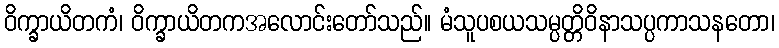
ဝိက္ခာယိတကံ၊ ဝိက္ခာယိတကအလောင်းတော်သည်။ မံသူပစယသမ္ပတ္တိဝိနာသပ္ပကာသနတော၊